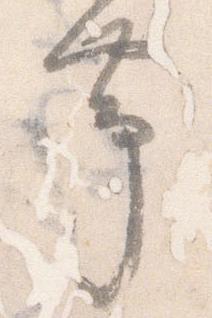
帯